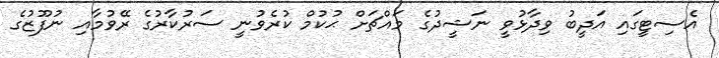
އެސިޓީގައި އަދީބު ވިދާޅުވީ ނަޝީދުގެ މައްޗަށް ޙުކުމް ކުރެވުނީ ސަރުކާރުގެ ރޭވުމާއި ނުފޫޒުގެ